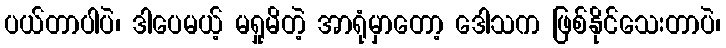
ပယ်တာပါပဲ၊ ဒါပေမယ့် မရှုမိတဲ့ အာရုံမှာတော့ ဒေါသက ဖြစ်နိုင်သေးတာပဲ၊